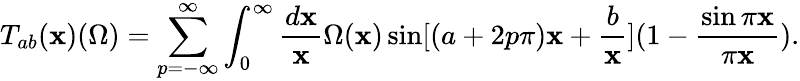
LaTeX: T_{ab}(\mathbf{x})(\Omega)=\sum_{p=-\infty}^{\infty}\int_{0}^{\infty}{\frac{{d\mathbf{x}}}{{\mathbf{x}}}}\Omega(\mathbf{x})\sin[(a+2p\pi)\mathbf{x}+{\frac{{b}}{{\mathbf{x}}}}](1-{\frac{{\sin\pi\mathbf{x}}}{{\pi\mathbf{x}}}}).